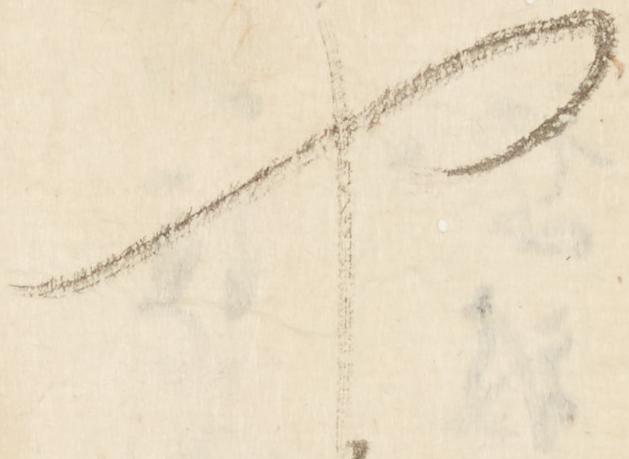
や